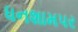
ધનશામપર